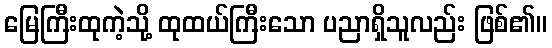
မြေကြီးထုကဲ့သို့ ထုထယ်ကြီးသော ပညာရှိသူလည်း ဖြစ်၏။